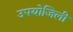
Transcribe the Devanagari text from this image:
उपयोजिली